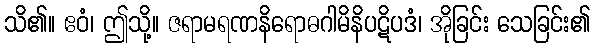
သိ၏။ ဧဝံ၊ ဤသို့။ ဇရာမရဏနိရောဓဂါမိနိပဋိပဒံ၊ အိုခြင်း သေခြင်း၏